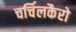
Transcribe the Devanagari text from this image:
चर्चिलकैरो